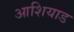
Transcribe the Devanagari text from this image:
आशियाड